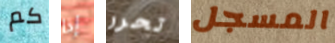
كم إذا تحرر المسجل